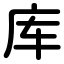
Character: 库